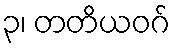
၃၊ တတိယဝဂ်